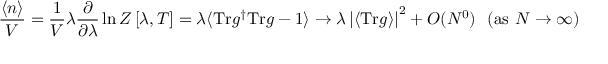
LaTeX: \frac { \langle n \rangle } { V } = \frac { 1 } { V } \lambda \frac { \partial } { \partial \lambda } \ln Z \left[ \lambda , T \right] = \lambda \langle \mathrm { T r } g ^ { \dagger } \mathrm { T r } g - 1 \rangle \rightarrow \lambda \left| \left< \mathrm { T r } g \right> \right| ^ { 2 } + O ( N ^ { 0 } ) ~ ~ ( \mathrm { a s } ~ N \rightarrow \infty )